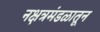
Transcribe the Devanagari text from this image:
नक्षत्रमंडळातून